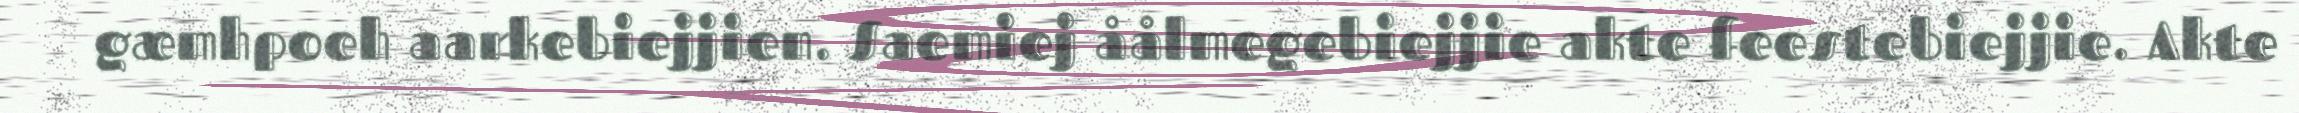
gæmhpoeh aarkebiejjien. Saemiej åålmegebiejjie akte feestebiejjie. Akte